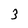
Character: 3